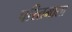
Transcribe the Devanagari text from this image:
चरितमाला